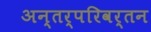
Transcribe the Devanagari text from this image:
अन्तर्परिवर्तन